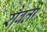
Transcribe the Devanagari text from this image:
रौबर्तो